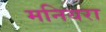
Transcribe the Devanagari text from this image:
मनियरा